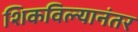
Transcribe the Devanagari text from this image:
शिकविल्यानंतर